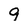
Character: 9